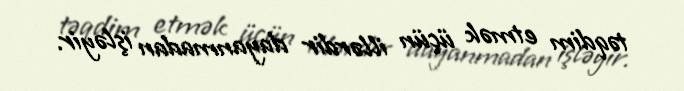
təqdim etmək üçün illərdir dayanmadan işləyir.